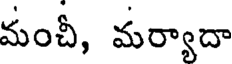
మంచీ, మర్యాదా